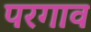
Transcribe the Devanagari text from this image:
परगाव